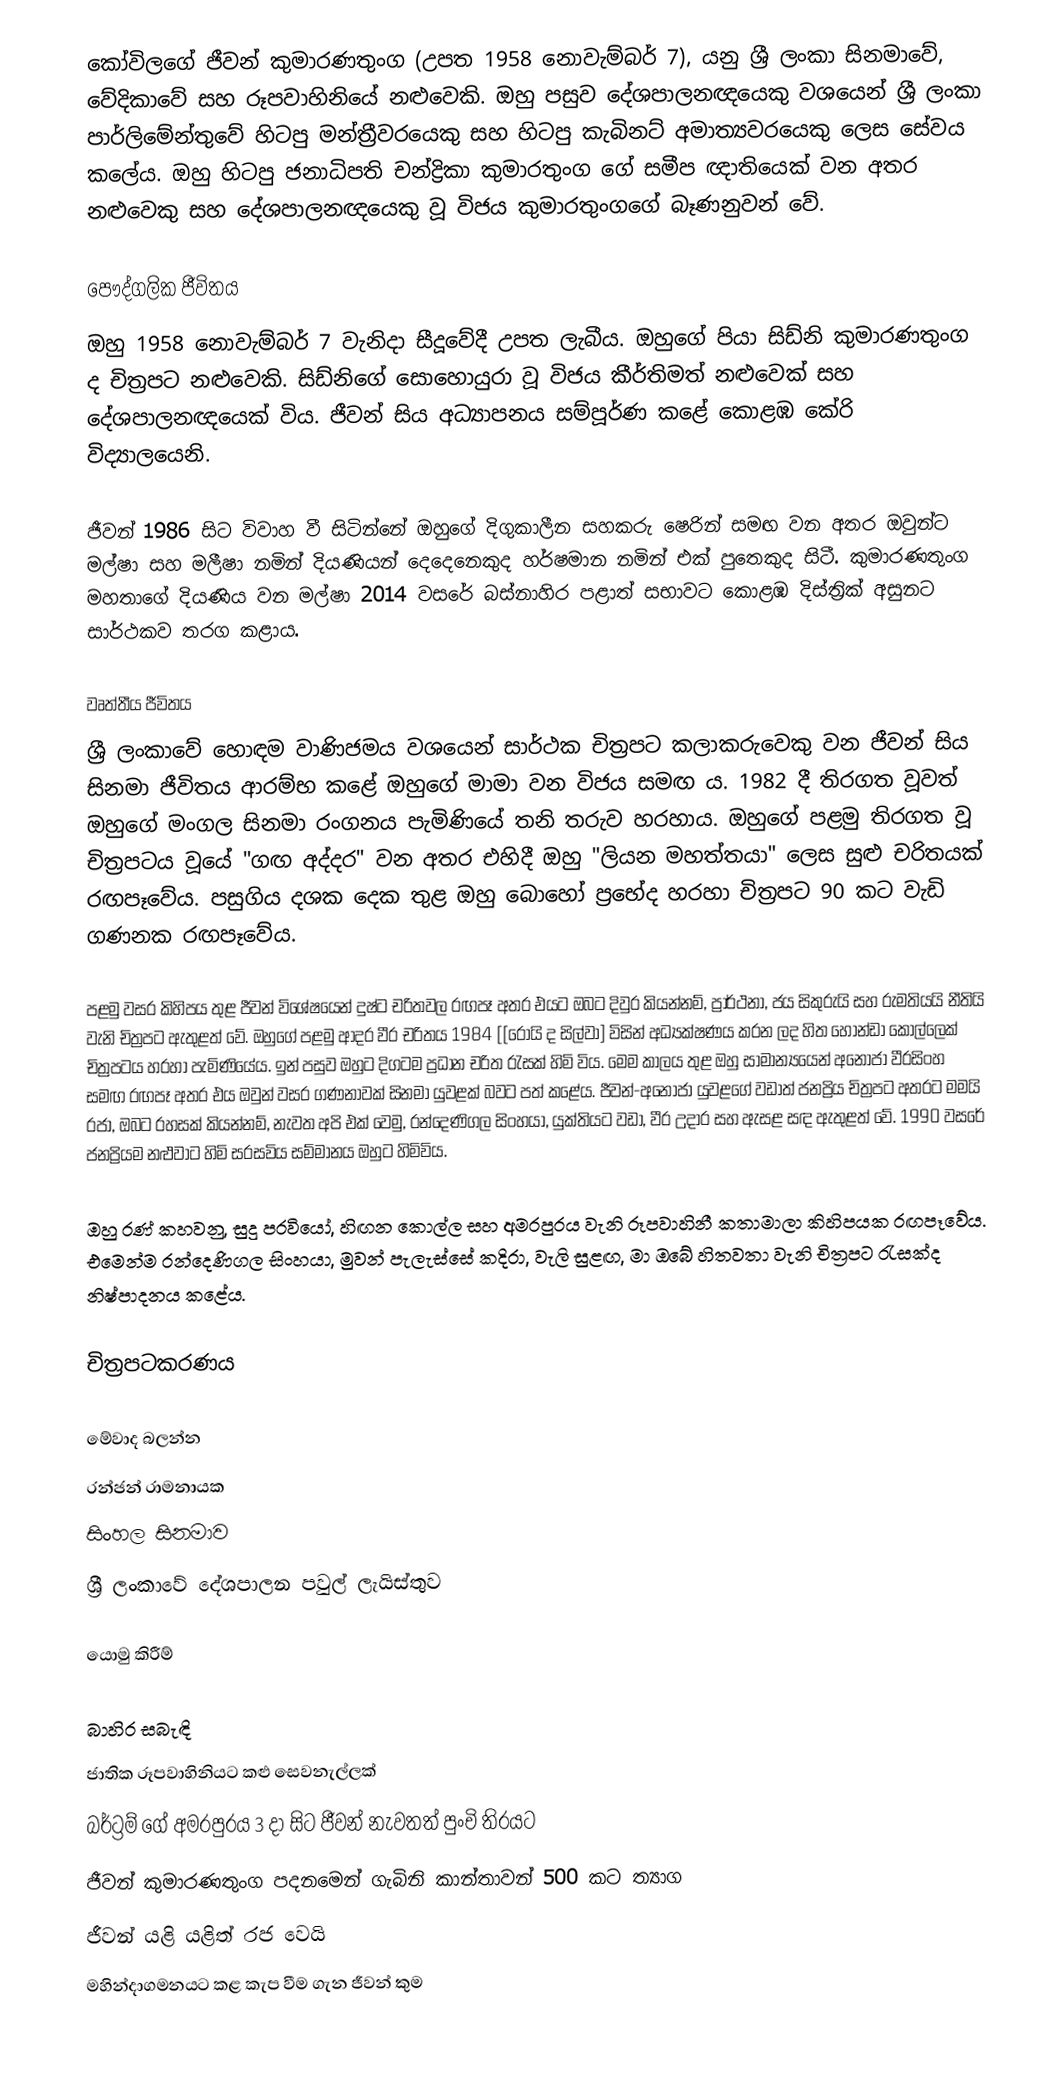
කෝවිලගේ ජීවන් කුමාරණතුංග (උපත 1958 නොවැම්බර් 7), යනු ශ්‍රී ලංකා සිනමාවේ, වේදිකාවේ සහ රූපවාහිනියේ නළුවෙකි. ඔහු පසුව දේශපාලනඥයෙකු වශයෙන් ශ්‍රී ලංකා පාර්ලිමේන්තුවේ හිටපු මන්ත්‍රීවරයෙකු සහ හිටපු කැබිනට් අමාත්‍යවරයෙකු ලෙස සේවය කලේය. ඔහු හිටපු ජනාධිපති චන්ද්‍රිකා කුමාරතුංග ගේ සමීප ඥාතියෙක් වන අතර නළුවෙකු සහ දේශපාලනඥයෙකු වූ විජය කුමාරතුංගගේ බෑණනුවන් වේ.

පෞද්ගලික ජීවිතය
ඔහු 1958 නොවැම්බර් 7 වැනිදා සීදූවේදී උපත ලැබීය. ඔහුගේ පියා සිඩ්නි කුමාරණතුංග ද චිත්‍රපට නළුවෙකි. සිඩ්නිගේ සොහොයුරා වූ විජය කීර්තිමත් නළුවෙක් සහ දේශපාලනඥයෙක් විය. ජීවන් සිය අධ්‍යාපනය සම්පූර්ණ කළේ කොළඹ කේරි විද්‍යාලයෙනි.

ජීවන් 1986 සිට විවාහ වී සිටින්නේ ඔහුගේ දිගුකාලීන සහකරු ෂෙරින් සමඟ වන අතර ඔවුන්ට මල්ෂා සහ මලීෂා නමින් දියණියන් දෙදෙනෙකුද හර්ෂමාන නමින් එක් පුතෙකුද සිටී. කුමාරණතුංග මහතාගේ දියණිය වන මල්ෂා 2014 වසරේ බස්නාහිර පළාත් සභාවට කොළඹ දිස්ත්‍රික් අසුනට සාර්ථකව තරග කළාය.

වෘත්තීය ජීවිතය
ශ්‍රී ලංකාවේ හොඳම වාණිජමය වශයෙන් සාර්ථක චිත්‍රපට කලාකරුවෙකු වන ජීවන් සිය සිනමා ජීවිතය ආරම්භ කළේ ඔහුගේ මාමා වන විජය සමඟ ය. 1982 දී තිරගත වූවත් ඔහුගේ මංගල සිනමා රංගනය පැමිණියේ තනි තරුව හරහාය. ඔහුගේ පළමු තිරගත වූ චිත්‍රපටය වූයේ "ගඟ අද්දර" වන අතර එහිදී ඔහු "ලියන මහත්තයා" ලෙස සුළු චරිතයක් රඟපෑවේය. පසුගිය දශක දෙක තුළ ඔහු බොහෝ ප්‍රභේද හරහා චිත්‍රපට 90 කට වැඩි ගණනක රඟපෑවේය.

පළමු වසර කිහිපය තුළ ජීවන් විශේෂයෙන් දුෂ්ට චරිතවල රඟපෑ අතර එයට ඔබට දිවුර කියන්නම්, ප්‍රාර්ථනා, ජය සිකුරුයි සහ රුමතියයි නීතියි වැනි චිත්‍රපට ඇතුළත් වේ. ඔහුගේ පළමු ආදර වීර චරිතය 1984 [[රෝයි ද සිල්වා] විසින් අධ්‍යක්ෂණය කරන ලද හිත හොන්ඩා කොල්ලෙක් චිත්‍රපටය හරහා පැමිණියේය. ඉන් පසුව ඔහුට දිගටම ප්‍රධාන චරිත රැසක් හිමි විය. මෙම කාලය තුළ ඔහු සාමාන්‍යයෙන් අනෝජා වීරසිංහ සමඟ රඟපෑ අතර එය ඔවුන් වසර ගණනාවක් සිනමා යුවළක් බවට පත් කළේය. ජීවන්-අනෝජා යුවළගේ වඩාත් ජනප්‍රිය චිත්‍රපට අතරට මමයි රජා, ඔබට රහසක් කියන්නම්, නැවත අපි එක් වෙමු, රන්දෙණිගල සිංහයා, යුක්තියට වඩා, වීර උදාර සහ ඇසළ සඳ ඇතුළත් වේ. 1990 වසරේ ජනප්‍රියම නළුවාට හිමි සරසවිය සම්මානය ඔහුට හිමිවිය.

ඔහු රණ් කහවනු, සුදු පරවියෝ, හිඟන කොල්ල සහ අමරපුරය වැනි රූපවාහිනී කතාමාලා කිහිපයක රඟපෑවේය. එමෙන්ම රන්දෙණිගල සිංහයා, මුවන් පැලැස්සේ කදිරා, වැලි සුළඟ, මා ඔබේ හිතවතා වැනි චිත්‍රපට රැසක්ද නිෂ්පාදනය කළේය.

චිත්‍රපටකරණය

මේවාද බලන්න
රන්ජන් රාමනායක
සිංහල සිනමාව
ශ්‍රී ලංකාවේ දේශපාලන පවුල් ලැයිස්තුව

යොමු කිරීම්

බාහිර සබැඳි
 ජාතික රූපවාහිනියට කළු සෙවනැල්ලක්
 බර්ට්‍රම් ගේ අමරපුරය 3 දා සිට ජීවන් නැවතත් පුංචි තිරයට
 ජීවන් කුමාරණතුංග පදනමෙන් ගැබිනි කාන්තාවන් 500 කට ත්‍යාග
 ජීවන් යළි යළිත් රජ වෙයි
 මහින්දාගමනයට කළ කැප වීම ගැන ජීවන් කුම